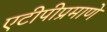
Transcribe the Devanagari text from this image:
एटीपीप्रमाणे